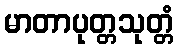
မာတာပုတ္တသုတ္တံ